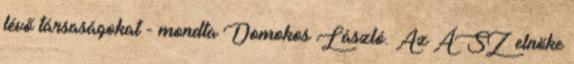
lévő társaságokat - mondta Domokos László. Az ÁSZ elnöke